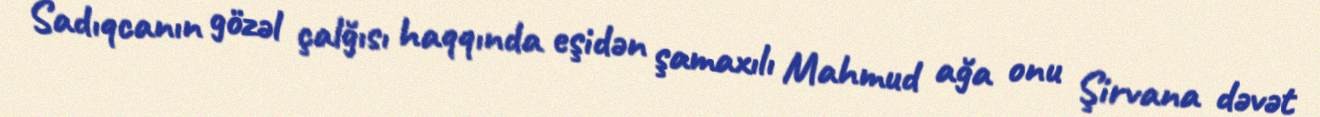
Sadıqcanın gözəl çalğısı haqqında eşidən şamaxılı Mahmud ağa onu Şirvana dəvət